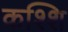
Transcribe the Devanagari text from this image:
कश्शि